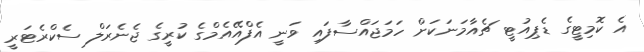
އެ ކޮމިޓީގެ ޑެޕިއުޓީ ޗެއާމަނަކަށް ހަމަޖައްސާފައި ވަނީ އެފްއޭއެމްގެ ކުރީގެ ޖެނެރަލް ސެކްރެޓަރީ